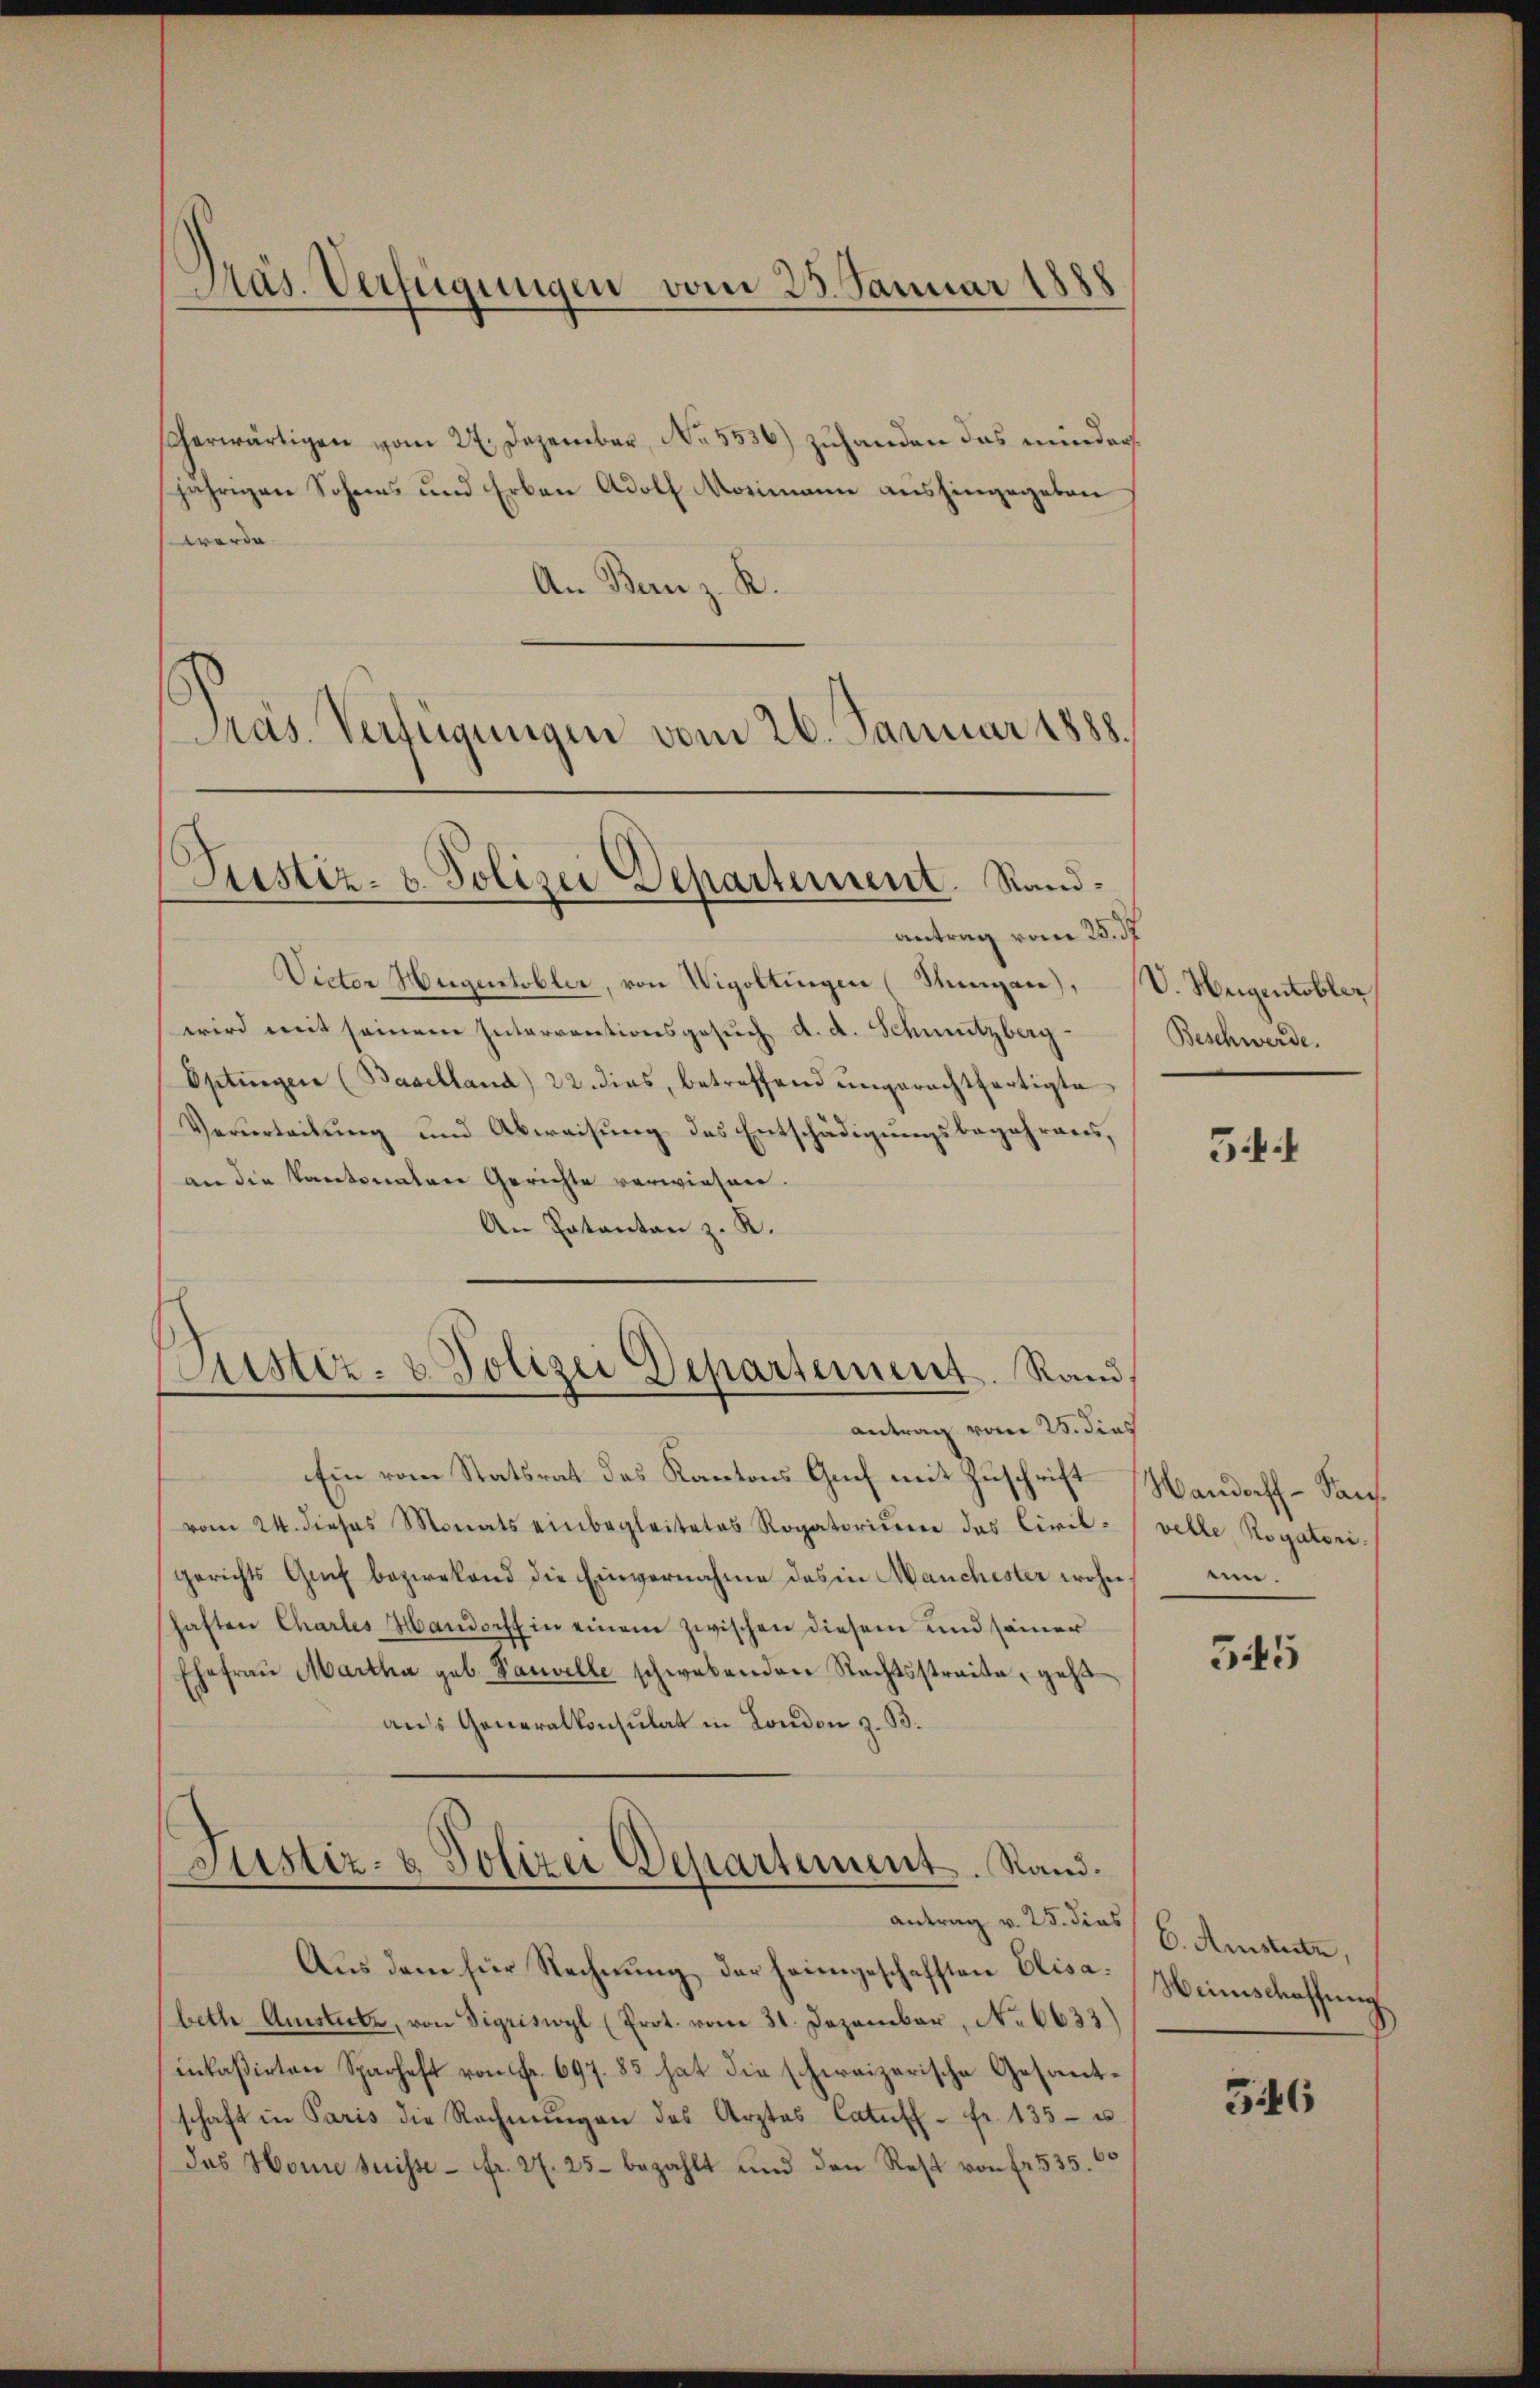
Präs. Verfügungen vom 23. Januar 1888

herwärtigen vom 27. Dezember, No. 5536) zuhanden das minders
jährigen Schens und Erben Adolf Mosimanne aushingegeben
werde.
An Benz. R.
Präs. Verfügungen vom 26. Januar 1888.

Justiz- u. Polizei Departement. Sand¬

antrag vom 25. d.
Victor Hugentobler, von Vigoltingen (Stangen), V. Weigentobler
wird mit seinem Interrentionsgesuch d. d. Schmutzberg
Optingen (Baselland) 22. dies, betreffend ŭngerechtfertigte
Verurteilung und Abweisung des Entschädigungsbegehrens,
an die Kantonalen Gerichte verwiesen.
An Patantan z. K.
Ein vom Statsrat des Kantons Auch mit Zuschrift Handorff - Sanvom 24. dieses Monats einbegleitetes Rogatorium das Civilgerichts Genf beziehend die Einvernahme des in Manchester wohnunhaften Chartes Handorff in einem zwischen diesem und seiner
Ehefrau Martha geb. Sauvelle schwebenden Rechtsstraite, geht
aus Generalkonsulat in London z. B.
Justiz- & Polizei Departement. Stand.
antrag v. 25. dies
Aus dem für Rechnung der heimgeschafften Elis. Heimschaffung
beth Amsteile, von Sigriswyl (Prot. vom 31. Dezember, No 6633)
inkaßirten Sparhaft von Fr. 697. 83 hat die schweizerische Gesandschaft in Paris die Rechnŭngen des Arztes Catŭff- fr. 135- u.
das Home suisse fr. 27. 25 bezahlt und den Rest von fr. 535.

Justiz- & Polizei Departement. Rand

antrag vom 25. dies

Beschwerde.

54

velle, Rogatori.

545

6. Amstente,

346